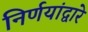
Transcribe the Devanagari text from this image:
निर्णयांद्वारे